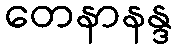
တေနာနန္ဒ